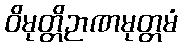
ဝိမုတ္တိဉာဏမုတ္တမံ